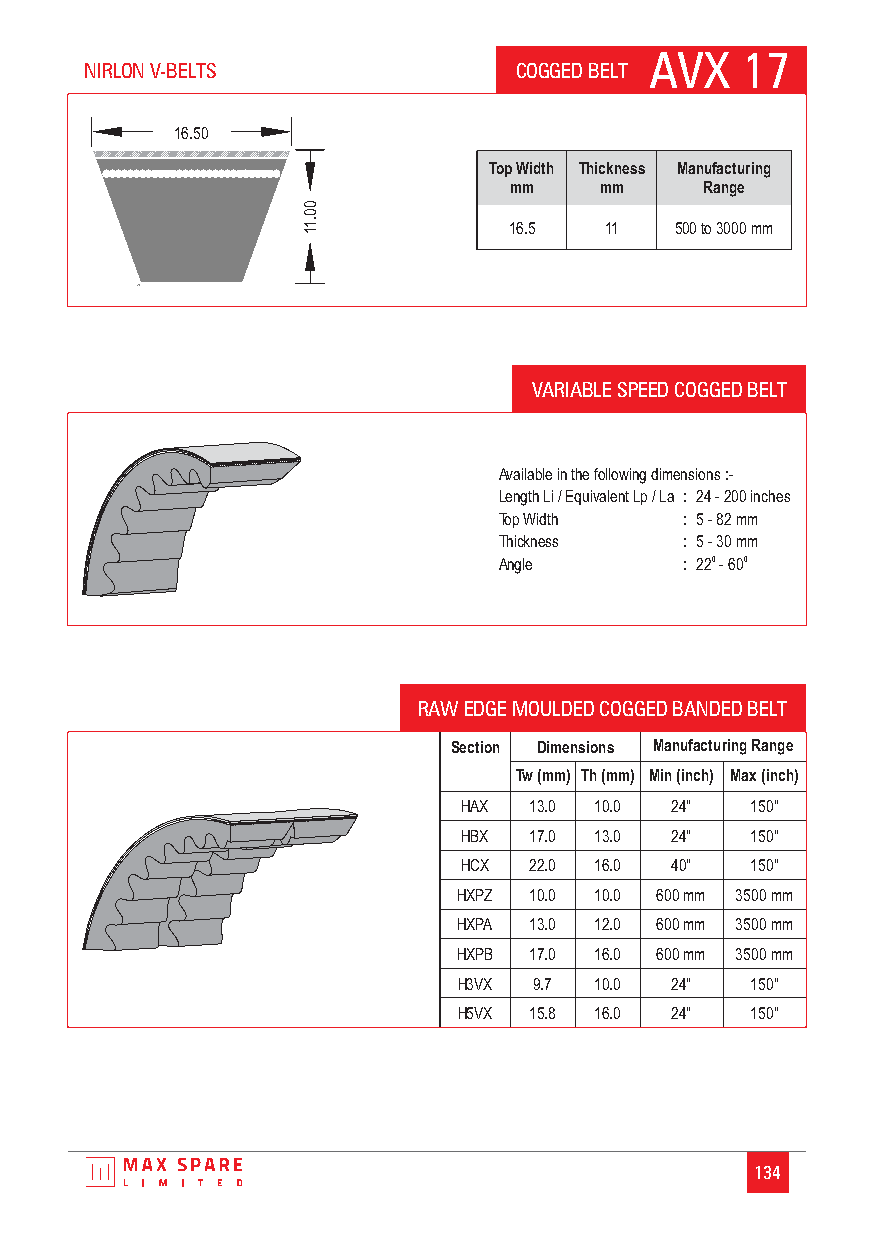
AVX   17
 NIRLON V-BELTS              COGGED BELT
 16.50
 Top Width Thickness Manufacturing
 mm    mm     Range
 0
 0
 11.           16.5  11   500 to 3000 mm
 VARIABLE SPEED COGGED BELT
 Available in the following dimensions :-
 Length Li / Equivalent Lp / La : 24 - 200 inches
 Top Width   : 5 - 82 mm
 Thickness   : 5 - 30 mm
 Angle       : 22 0 - 600
 RAW EDGE MOULDED COGGED BANDED BELT
 Section Dimensions Manufacturing Range
 Tw (mm) Th (mm) Min (inch) Max (inch)
 HAX 13.0 10.0 24"  150"
 HBX 17.0 13.0 24"  150"
 HCX 22.0 16.0 40"  150"
 HXPZ 10.0 10.0 600 mm 3500 mm
 HXPA 13.0 12.0 600 mm 3500 mm
 HXPB 17.0 16.0 600 mm 3500 mm
 H3VX 9.7 10.0 24"   150"
 H5VX 15.8 16.0 24"  150"
 134